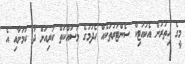
މީގެ އިތުރުން އެކުއަޓިކް ސެންޓަރުތަކެއް ހެދުމުގެ މަސައްކަތް ކުރިއަށް ދާ ކަމަށާއި އެ